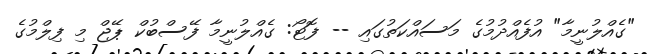
"ގެއްލުނީމާ" އުފެއްދުމުގެ މަސައްކަތުގައި -- ފޮޓޯ: ގެއްލުނީމާ ފޭސްބުކް ޕޭޖް މި ފިލްމުގެ